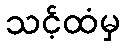
သင့်ထံမှ